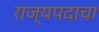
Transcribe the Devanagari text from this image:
राज्यपदाचा